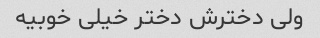
ولی دخترش دختر خیلی خوبیه